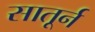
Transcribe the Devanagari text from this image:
सातूर्न